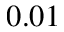
0 . 0 1